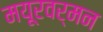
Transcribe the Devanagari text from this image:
मयूरवर्मन